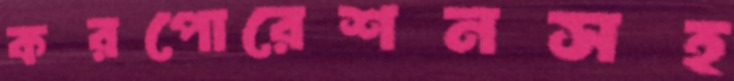
করপোরেশনসহ